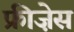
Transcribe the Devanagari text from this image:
फ्रीज़ेस